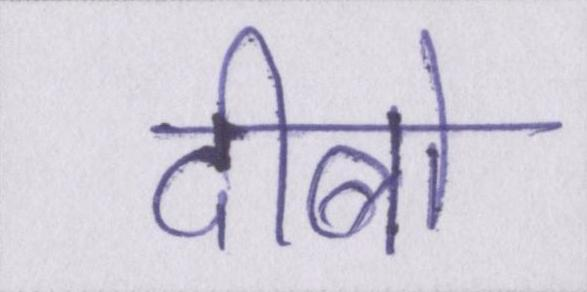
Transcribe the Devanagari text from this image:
दीबो